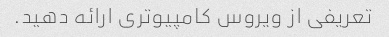
تعریفی از ویروس کامپیوتری ارائه دهید.